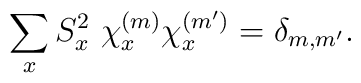
\sum _x S_x^{2} \ \chi ^{(m)}_x\chi ^{(m')} _x= \delta _{m,m'} .